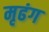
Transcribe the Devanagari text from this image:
मृढंग